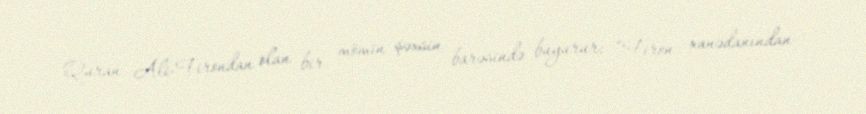
Quran Ali-Firondan olan bir mömin şəxsin barəsində buyurur: “Firon xanədanından